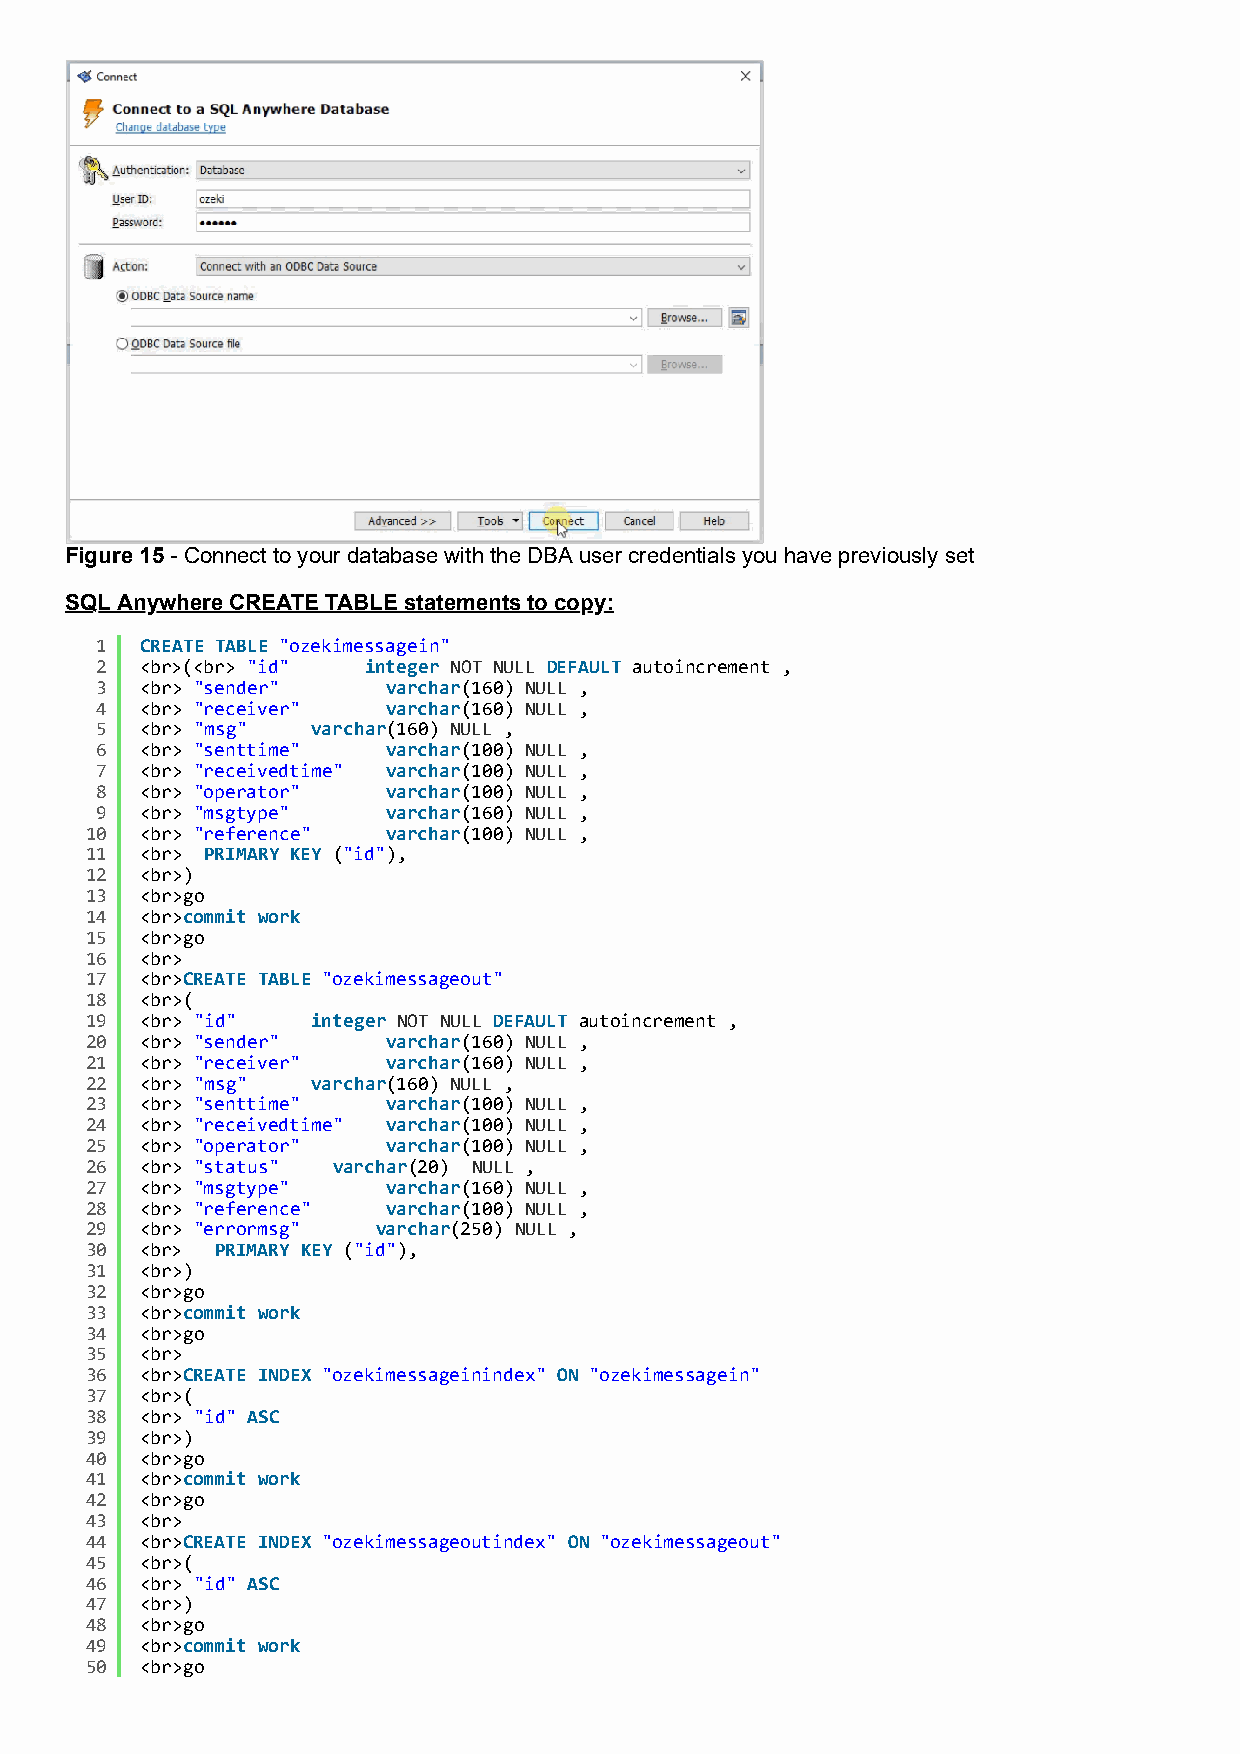
Figure 15 - Connect to your database with the DBA user credentials you have previously set
 SQL Anywhere CREATE TABLE statements to copy:
 1  CREATE TABLE "ozekimessagein"
 2  <br>(<br> "id" integer NOT NULL DEFAULT autoincrement ,
 3  <br> "sender"    varchar(160) NULL ,
 4  <br> "receiver"  varchar(160) NULL ,
 5  <br> "msg"  varchar(160) NULL ,
 6  <br> "senttime"  varchar(100) NULL ,
 7  <br> "receivedtime" varchar(100) NULL ,
 8  <br> "operator"  varchar(100) NULL ,
 9  <br> "msgtype"   varchar(160) NULL ,
 10 <br> "reference" varchar(100) NULL ,
 11 <br> PRIMARY KEY ("id"),
 12 <br>)
 13 <br>go
 14 <br>commit work
 15 <br>go
 16 <br>
 17 <br>CREATE TABLE "ozekimessageout"
 18 <br>(
 19 <br> "id"   integer NOT NULL DEFAULT autoincrement ,
 20 <br> "sender"    varchar(160) NULL ,
 21 <br> "receiver"  varchar(160) NULL ,
 22 <br> "msg"  varchar(160) NULL ,
 23 <br> "senttime"  varchar(100) NULL ,
 24 <br> "receivedtime" varchar(100) NULL ,
 25 <br> "operator"  varchar(100) NULL ,
 26 <br> "status" varchar(20) NULL ,
 27 <br> "msgtype"   varchar(160) NULL ,
 28 <br> "reference" varchar(100) NULL ,
 29 <br> "errormsg" varchar(250) NULL ,
 30 <br> PRIMARY KEY ("id"),
 31 <br>)
 32 <br>go
 33 <br>commit work
 34 <br>go
 35 <br>
 36 <br>CREATE INDEX "ozekimessageinindex" ON "ozekimessagein"
 37 <br>(
 38 <br> "id" ASC
 39 <br>)
 40 <br>go
 41 <br>commit work
 42 <br>go
 43 <br>
 44 <br>CREATE INDEX "ozekimessageoutindex" ON "ozekimessageout"
 45 <br>(
 46 <br> "id" ASC
 47 <br>)
 48 <br>go
 49 <br>commit work
 50 <br>go